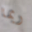
ربما